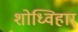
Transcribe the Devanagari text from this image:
शोध्विहार्